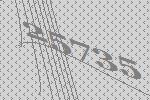
25735